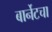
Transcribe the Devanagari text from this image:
बार्नेटचा